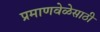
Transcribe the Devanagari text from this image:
प्रमाणवेळेसाठी